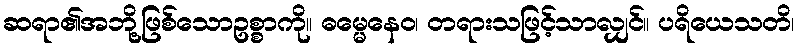
ဆရာ၏အဘို့ဖြစ်သောဥစ္စာကို။ ဓမ္မေနေဝ၊ တရားသဖြင့်သာလျှင်။ ပရိယေသတိ၊